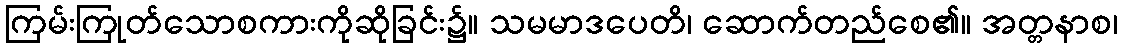
ကြမ်းကြုတ်သောစကားကိုဆိုခြင်း၌။ သမမာဒပေတိ၊ ဆောက်တည်စေ၏။ အတ္တနာစ၊